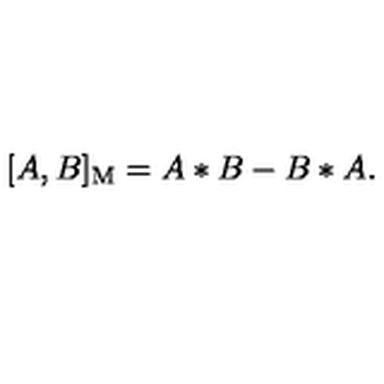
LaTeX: [ A , B ] _ { \mathrm { M } } = A * B - B * A .